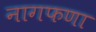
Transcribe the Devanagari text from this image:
नागफणा